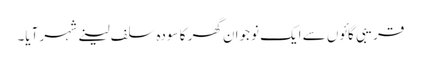
قریبی گائوں سے ایک نوجوان گھر کا سودہ سلف لینے شہر آیا۔